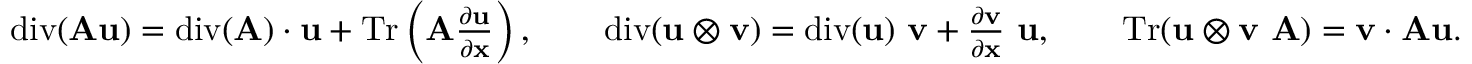
\begin{array} { r } { \mathrm { d i v } ( \mathbf { A } \mathbf { u } ) = \mathrm { d i v } ( \mathbf { A } ) \cdot \mathbf { u } + \mathrm { T r } \left( \mathbf { A } \frac { \partial \mathbf { u } } { \partial \mathbf { x } } \right) , \qquad \mathrm { d i v } ( \mathbf { u } \otimes \mathbf { v } ) = \mathrm { d i v } ( \mathbf { u } ) \ \mathbf { v } + \frac { \partial \mathbf { v } } { \partial \mathbf { x } } \ \mathbf { u } , \qquad \mathrm { T r } ( \mathbf { u } \otimes \mathbf { v } \ \mathbf { A } ) = \mathbf { v } \cdot \mathbf { A } \mathbf { u } . } \end{array}